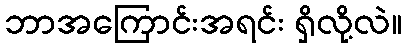
ဘာအကြောင်းအရင်း ရှိလို့လဲ။